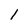
Character: 1